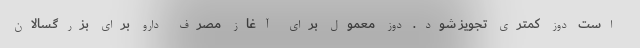
است دوز کمتری تجویز شود. دوز معمول برای آغاز مصرف دارو برای بزرگسالان